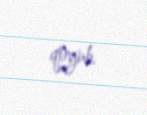
qoyub.